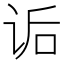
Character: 诟